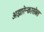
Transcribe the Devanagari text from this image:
अझारेन्कासोबत